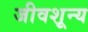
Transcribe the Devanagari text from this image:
जीवशून्य